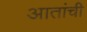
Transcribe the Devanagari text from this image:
आतांची